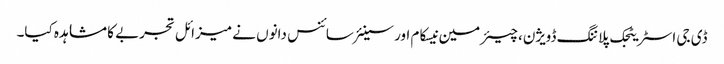
ڈی جی اسٹریٹجک پلاننگ ڈویژن، چیئرمین نیسکام اور سینئر سائنس دانوں نے میزائل تجربے کا مشاہدہ کیا۔